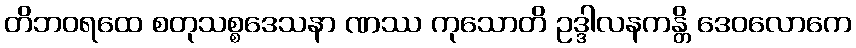
တိဘဝရထေ စတုသစ္စဒေသနာ ဏဿ ကုသောတိ ဥဒ္ဒါလနကန္တိ ဒေဝလောကေ